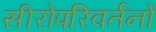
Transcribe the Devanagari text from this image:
सीरोपरिवर्तनों